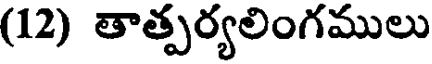
(12) తాత్పర్యలింగములు